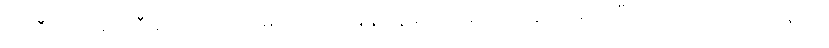
ကူညီပေးရမယ် ဒီမှာလည်း တပ်မတော်အနေနဲ့ လှူခဲ့တန်းခဲ့တာတွေ အများကြီးရှိပါတယ် အရင်တုန်းက